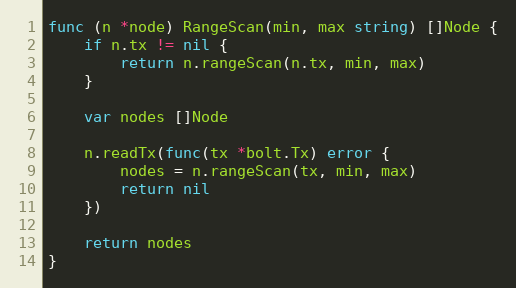
Language: Go
func (n *node) RangeScan(min, max string) []Node {
	if n.tx != nil {
		return n.rangeScan(n.tx, min, max)
	}

	var nodes []Node

	n.readTx(func(tx *bolt.Tx) error {
		nodes = n.rangeScan(tx, min, max)
		return nil
	})

	return nodes
}